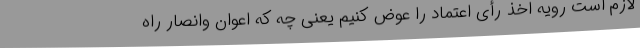
لازم است رویه اخذ رأی اعتماد را عوض کنیم یعنی چه که اعوان وانصار راه